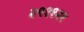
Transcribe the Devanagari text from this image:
२९११२१